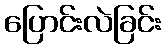
ပြောင်းလဲခြင်း